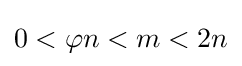
0<\varphi n<m<2n